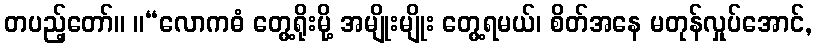
တပည့်တော်။ ။“လောကဓံ တွေ့ရိုးမို့ အမျိုးမျိုး တွေ့ရမယ်၊ စိတ်အနေ မတုန်လှုပ်အောင်,